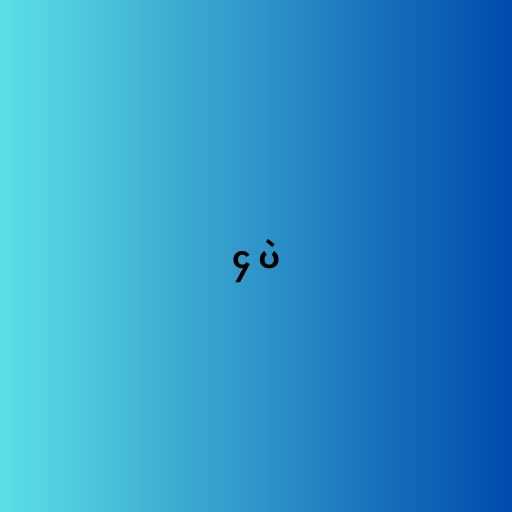
၄ ပဲ